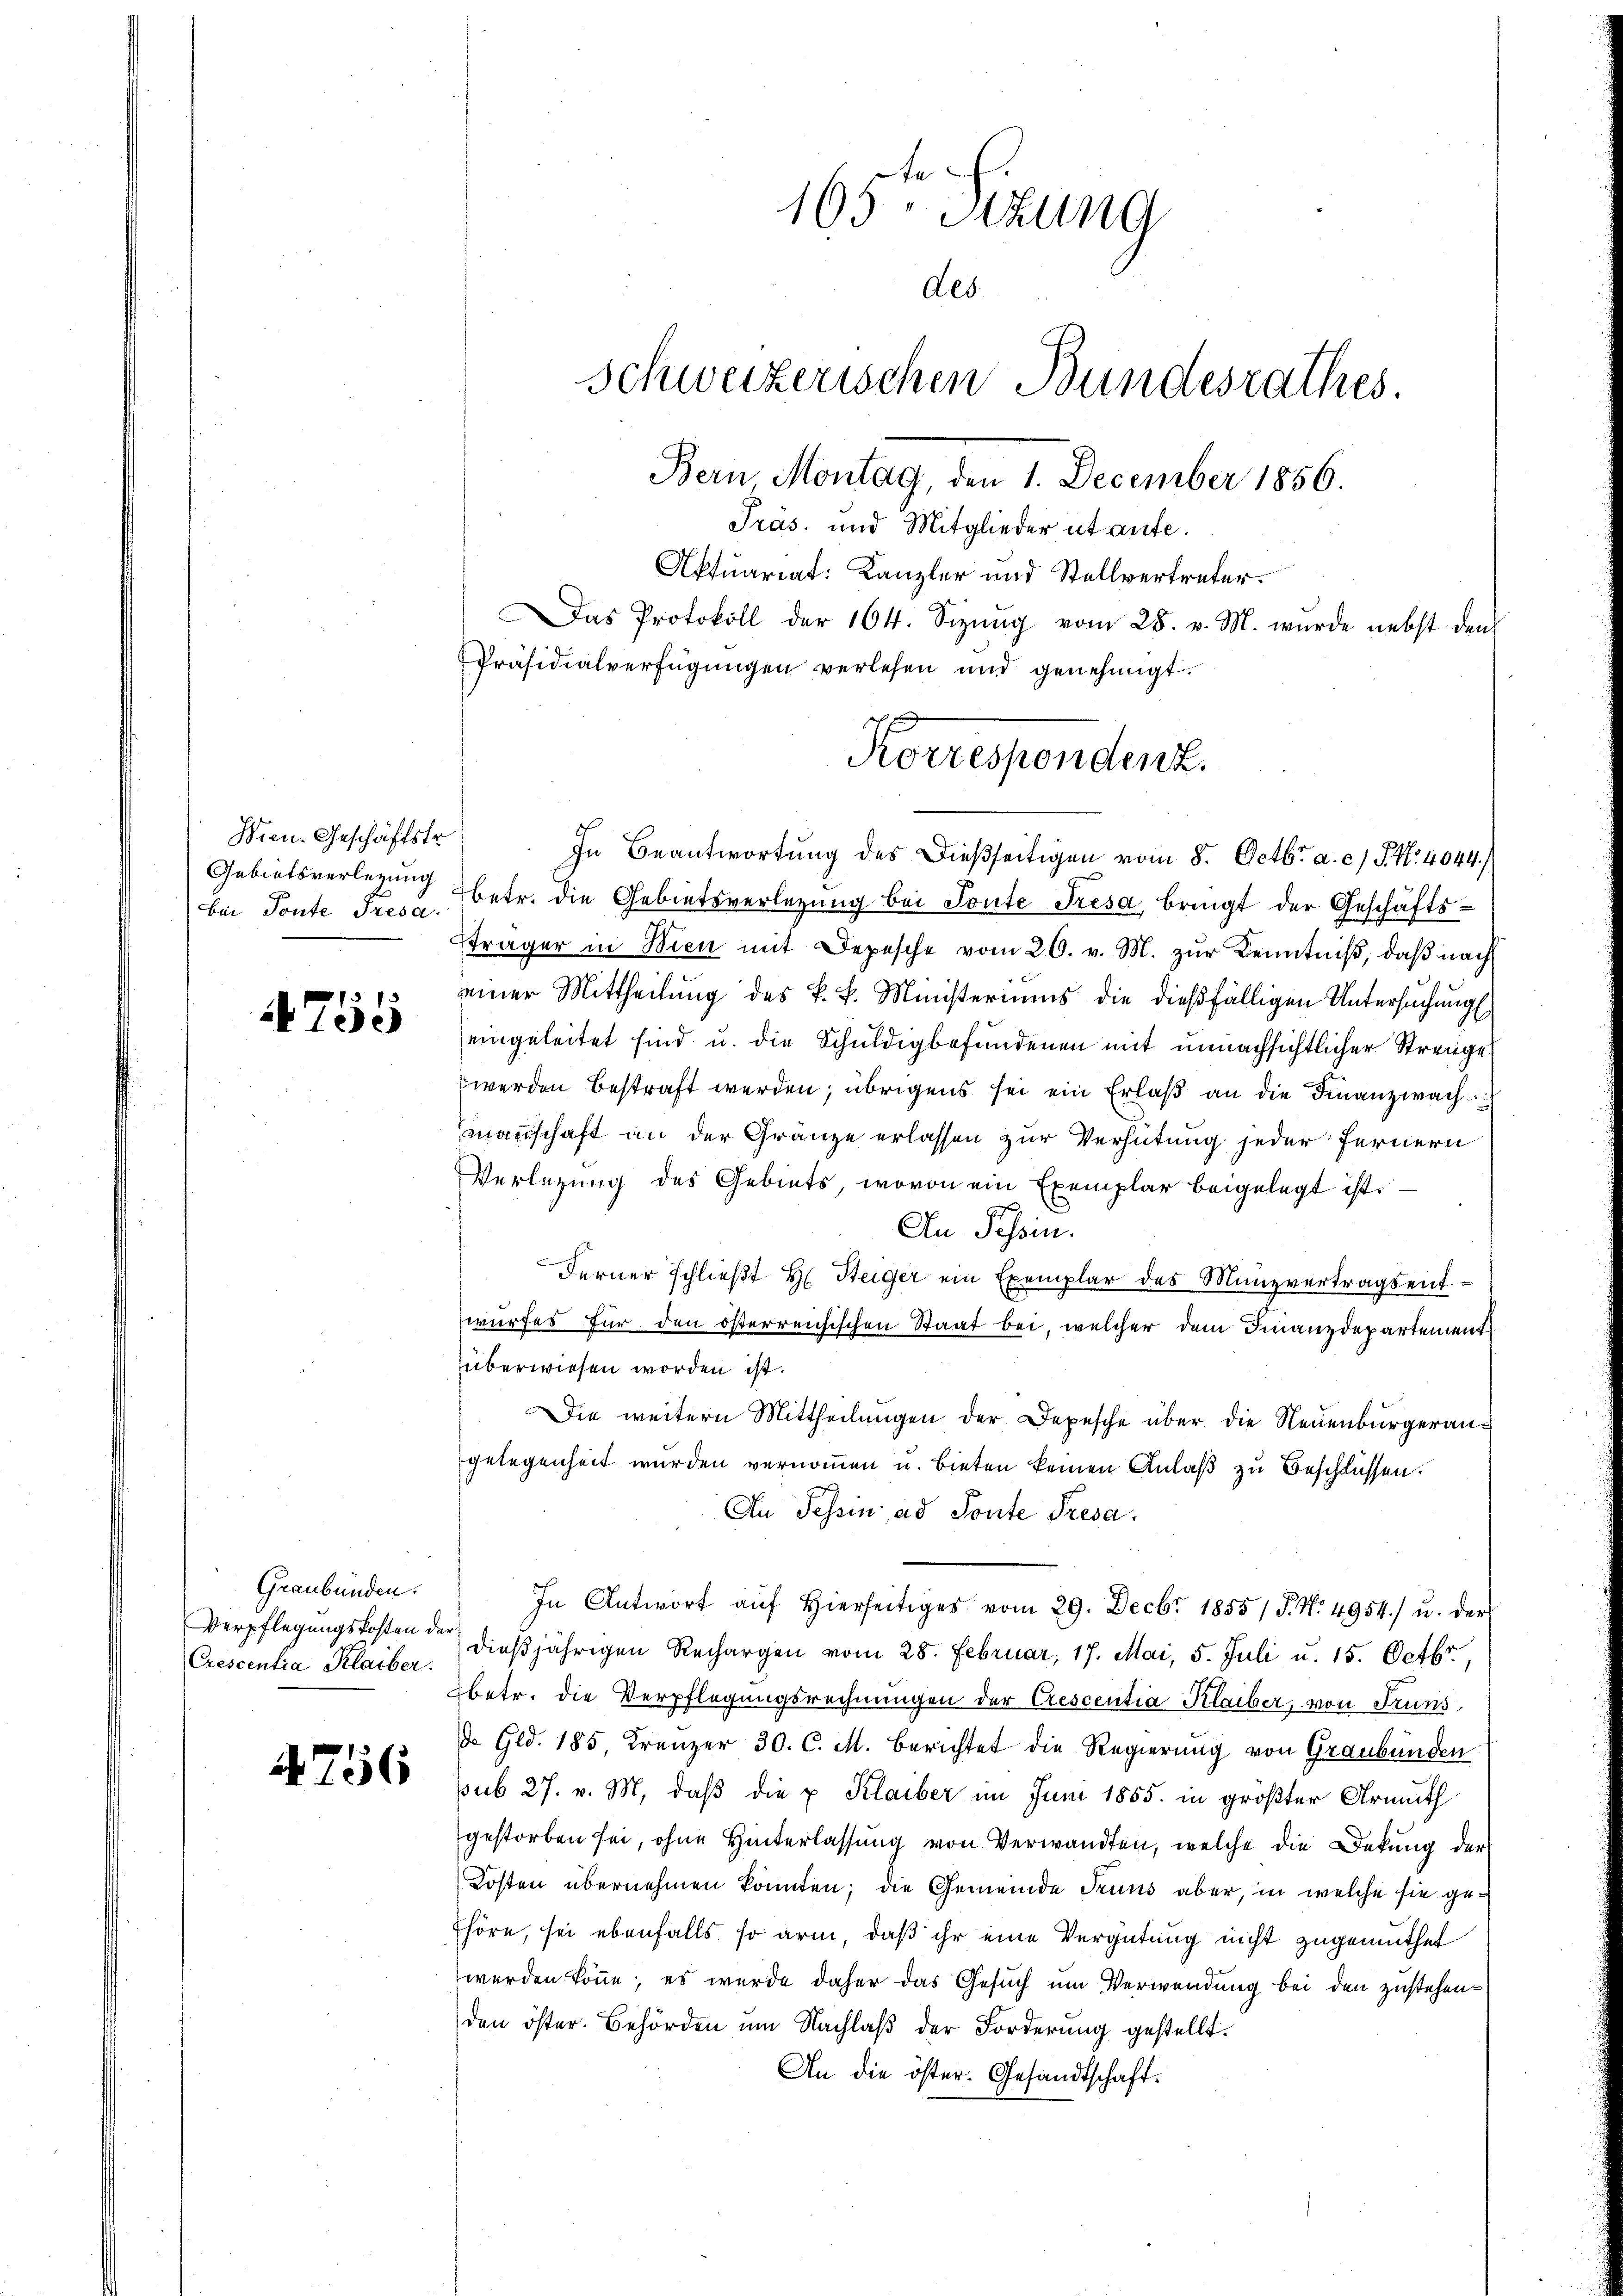
Wien. Geschäftstr
Gebietsverlegung

4755

Graubünden.
Crescentia Klaiber.

4756

165t Sekung
Aes.
Schweizerischen Bundesrathes.
Bern Montag, den 1. December 1856.
Präs. und Mitglieder ut aufe.
Aktuariat: Kanzler und Stellvertreter.
Das Protokoll der 164. Sizŭng vom 28. v. M. wurde nebst den
Präsidialverfügŭngen verlesen und genehmigt.

In Beantwortung des Dießseitigen vom 8. Octbr. a. c. S. Nr. 4044./
bei Toute Prese betr. die Gebietsverlegung bei Toute Fresa, bringt der Geschäftssträger in Bien mit Depesche vom 26. v. M. zur Kenntniß, daß nach
seiner Mittheilŭng des k. k. Ministeriums die dießfälligen Untersuchung
eingeleitet sind u. die Schuldigbefundenen mit unnachsichtlicher Strengel
werden bestraft werden; übrigens sei ein Erlaß an die Finanzwach
manschaft an der Gränze erlassen zur Verhütung jeder fernern
Verlegung des Gebiets, wovon ein Exemplar beigelegt ist.
An Tessin.
Ferner schlieβt H. Steiger ein Exemplar des Münzvertragsentwurfes für den österreichischen Staat bei, welcher dem Finanzdepartement
überwiesen worden ist.
Die weitern Mittheilungen der Depesche über die Neuenburgerangelegenheit wurden vernommen u. bieten keinen Anlaß zu Beschlüssen.
An Tessin, ad Ponte Tresa.
In Antwort aŭf hierseitiges vom 29. Decbr 1855/ P. Nr. 4954 u. der
Verpflegŭngskosten der dießjährigen Rechargen vom 28. Februar, 17. Mai, 5. Juli u. 15. Octbr.
betr. die Verpflegungsrechnungen der Crescentia Klaiber, von Truns
de Gld. 185, Kreuzer 30. C. M. berichtet die Regierung von Graubünden
sub 27. v. M. daß die u. Klaiber im Juni 1855. in größter Armuth
gestorben sei, ohne Hinterlassung von Verwandten, welche die Dekung der
Kosten übernehmen könnten; die Gemeinde Truns aber, in welche sie ge¬
Ehöre, sei ebenfalls so arm, daß ihr eine Vergütung nicht zugemuthet
werden könne; es wurde daher das Gesuch um Verwendung bei den zustehenden öster. Behörden um Nachlaß der Forderung gestellt.
An die öster. Gesandtschaft.

Korrespondenz.